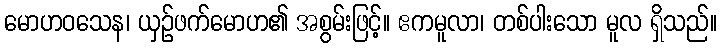
မောဟဝသေန၊ ယှဉ်ဖက်မောဟ၏ အစွမ်းဖြင့်။ ဧကမူလာ၊ တစ်ပါးသော မူလ ရှိသည်။